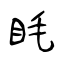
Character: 眊